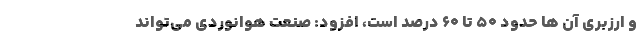
و ارزبری آن ها حدود ۵۰ تا ۶۰ درصد است، افزود: صنعت هوانوردی می‌تواند